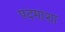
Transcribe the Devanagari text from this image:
पदमाशा